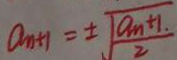
a _ { n + 1 } = \pm \sqrt { \frac { a _ { n } + 1 . } { 2 } }